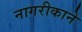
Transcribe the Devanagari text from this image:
नागरीकाने